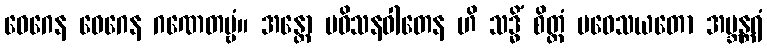
ဝေဂေန ဝေဂေန ဂဏေတဗ္ဗံ။ အန္တော ပဝိသနဝါတေန ဟိ သဒ္ဓိံ စိတ္တံ ပဝေသယတော အဗ္ဘန္တရံ